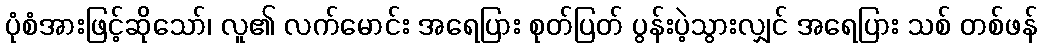
ပုံစံအားဖြင့်ဆိုသော်၊ လူ၏ လက်မောင်း အရေပြား စုတ်ပြတ် ပွန်းပဲ့သွားလျှင် အရေပြား သစ် တစ်ဖန်